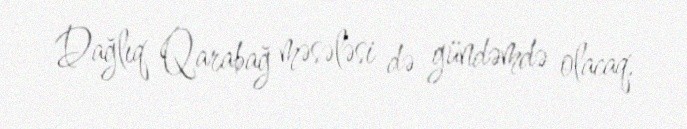
Dağlıq Qarabağ məsələsi də gündəmdə olacaq.